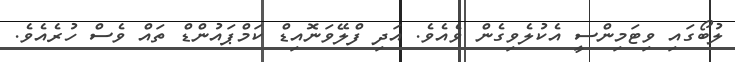
ލުބޯގައި ވިޓަމިންސީ އެކުލެވިގެން ވެއެވެ. އަދި ފްލޭވަނޮއިޑް ކަމްޕައުންޑް ތައް ވެސް ހުރެއެވެ.